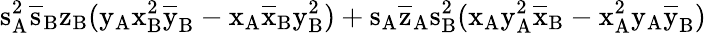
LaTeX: \mathrm{s_{A}^{2}\mathrm{\overline{{s}}_{B}\mathrm{z_{B}(\mathrm{y_{A}\mathrm{x_{B}^{2}\mathrm{\overline{{y}}_{B}-\mathrm{x_{A}\mathrm{\overline{{x}}_{B}\mathrm{y_{B}^{2})+\mathrm{s_{A}\mathrm{\overline{{z}}_{A}\mathrm{s_{B}^{2}(\mathrm{x_{A}\mathrm{y_{A}^{2}\mathrm{\overline{{x}}_{B}-\mathrm{x_{A}^{2}\mathrm{y_{A}\mathrm{\overline{{y}}_{B})}}}}}}}}}}}}}}}}}}